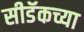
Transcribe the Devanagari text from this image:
सीडॅकच्या